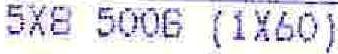
5X8 500G (1X60)